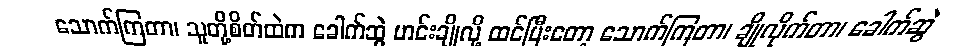
သောက်ကြတာ၊ သူတို့စိတ်ထဲက ခေါက်ဆွဲ ဟင်းချိုလို့ ထင်ပြီးတော့ သောက်ကြတာ၊ ချိုလိုက်တာ၊ ခေါက်ဆွဲ